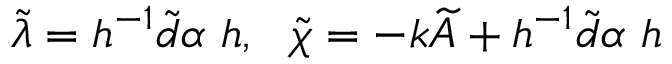
\widetilde { \lambda } = h ^ { - 1 } \widetilde { d } \alpha \ h , \ \ \widetilde { \chi } = - k \widetilde { A } + h ^ { - 1 } \widetilde { d } \alpha \ h